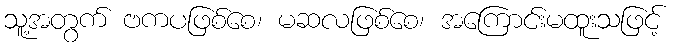
သူ့အတွက် ဗကပဖြစ်စေ၊ မဆလဖြစ်စေ၊ အကြောင်းမထူးသဖြင့်